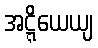
အဋ္ဋိယေယျ